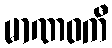
မာဏဝကီ